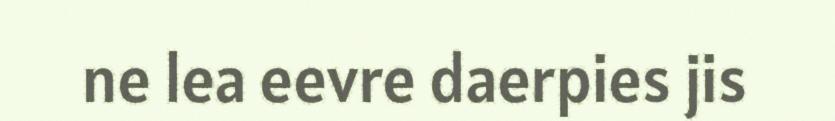
ne lea eevre daerpies jis